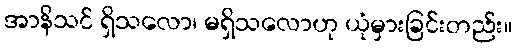
အာနိသင် ရှိသလော၊ မရှိသလောဟု ယုံမှားခြင်းတည်း။